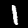
Label: 1